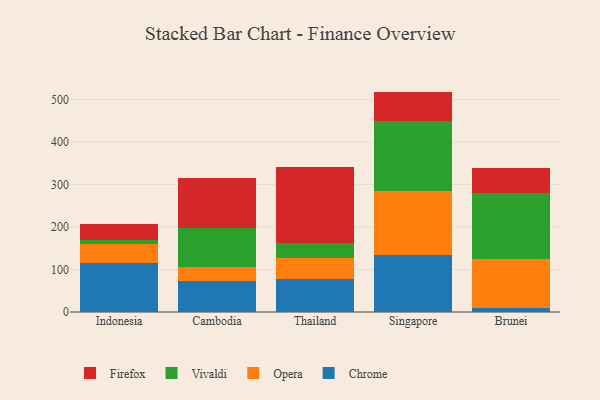
{"axis": {"x": "Country", "y": "Market Share (%)"}, "legend": ["Chrome", "Firefox", "Opera", "Vivaldi"], "data": [{"x": "Indonesia", "y": 114.5, "type": "Chrome"}, {"x": "Indonesia", "y": 45.2, "type": "Opera"}, {"x": "Indonesia", "y": 10.5, "type": "Vivaldi"}, {"x": "Indonesia", "y": 37.2, "type": "Firefox"}, {"x": "Cambodia", "y": 73.2, "type": "Chrome"}, {"x": "Cambodia", "y": 32.0, "type": "Opera"}, {"x": "Cambodia", "y": 91.7, "type": "Vivaldi"}, {"x": "Cambodia", "y": 118.5, "type": "Firefox"}, {"x": "Thailand", "y": 77.2, "type": "Chrome"}, {"x": "Thailand", "y": 50.3, "type": "Opera"}, {"x": "Thailand", "y": 34.2, "type": "Vivaldi"}, {"x": "Thailand", "y": 178.7, "type": "Firefox"}, {"x": "Singapore", "y": 134.3, "type": "Chrome"}, {"x": "Singapore", "y": 150.5, "type": "Opera"}, {"x": "Singapore", "y": 165.1, "type": "Vivaldi"}, {"x": "Singapore", "y": 68.7, "type": "Firefox"}, {"x": "Brunei", "y": 10.2, "type": "Chrome"}, {"x": "Brunei", "y": 115.4, "type": "Opera"}, {"x": "Brunei", "y": 155.1, "type": "Vivaldi"}, {"x": "Brunei", "y": 57.9, "type": "Firefox"}]}